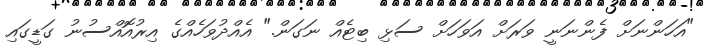
"އަހަންނަށް ފެންނަނީ ވަރަށް އަވަހަށް ސަޅި ބިޓެއް ނަގަން." އެއްދުވަހެއްގެ އިރުއޮއްސުނު ގަޑީގައި